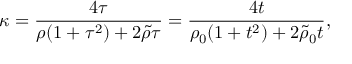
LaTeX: \kappa = { \frac { 4 \tau } { \rho ( 1 + \tau ^ { 2 } ) + 2 \tilde { \rho } \tau } } = { \frac { 4 t } { \rho _ { 0 } ( 1 + t ^ { 2 } ) + 2 \tilde { \rho } _ { 0 } t } } ,